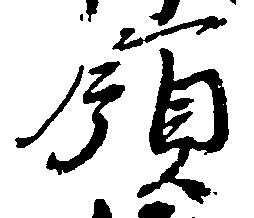
領